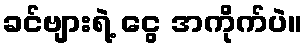
ခင်ဗျားရဲ့ ငွေ အကိုက်ပဲ။